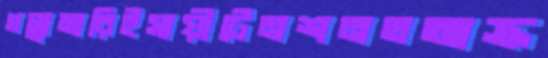
গল্লামারিইসায়ীটেনশনতআক্র